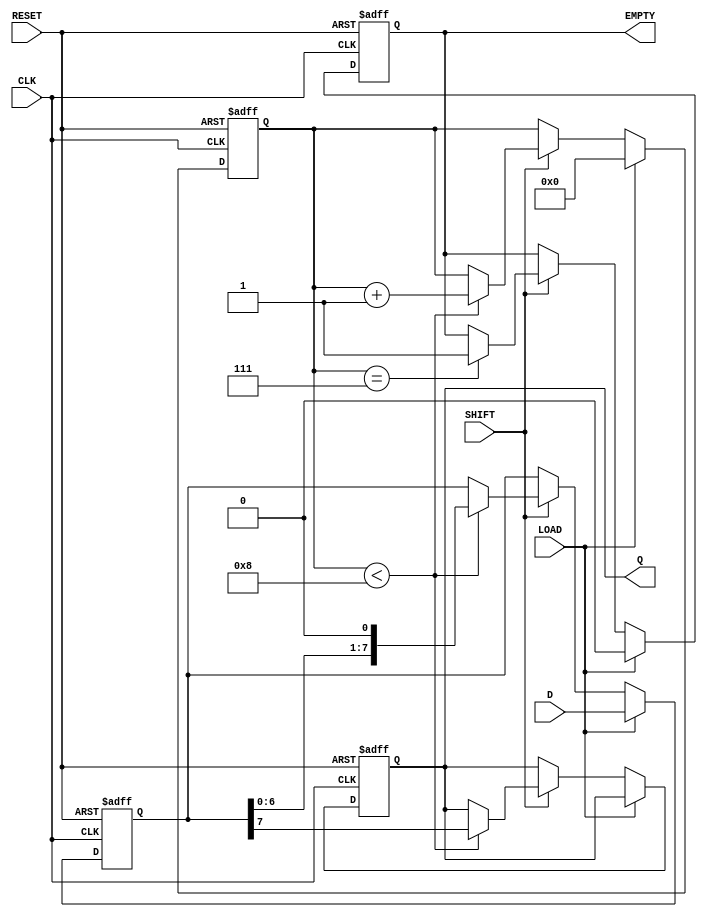
module PISO_Register (
    input wire [7:0] D,         // Parallel Data Input
    input wire LOAD,            // Load Enable
    input wire SHIFT,           // Shift Control
    input wire CLK,             // Clock
    input wire RESET,           // Reset
    output reg Q,               // Serial Output
    output reg EMPTY            // Empty Flag
);

    reg [7:0] shift_reg;        // Storage for the shift register
    reg [3:0] count;            // Counter to track number of bits shifted out

    always @(posedge CLK or posedge RESET) begin
        if (RESET) begin
            shift_reg <= 8'b0;   // Clear the shift register on reset
            Q <= 1'b0;           // Initialize serial output to 0
            count <= 4'b0;       // Reset the count
            EMPTY <= 1'b1;       // Set EMPTY flag high
        end else begin
            if (LOAD) begin
                shift_reg <= D;   // Load parallel data into shift register
                count <= 4'b0;     // Reset count after loading
                EMPTY <= 1'b0;     // Set EMPTY flag low because data is loaded
            end else if (SHIFT) begin
                // Shift operation
                if (count < 8) begin
                    Q <= shift_reg[7]; // Output the MSB
                    shift_reg <= {shift_reg[6:0], 1'b0}; // Shift to the right
                    count <= count + 1; // Increment the count of shifted bits
                end
                
                // Check if the shift register is empty after shifting
                if (count == 7) begin
                    EMPTY <= 1'b1; // Set EMPTY flag high if all bits have been shifted out
                end
            end
        end
    end

endmodule